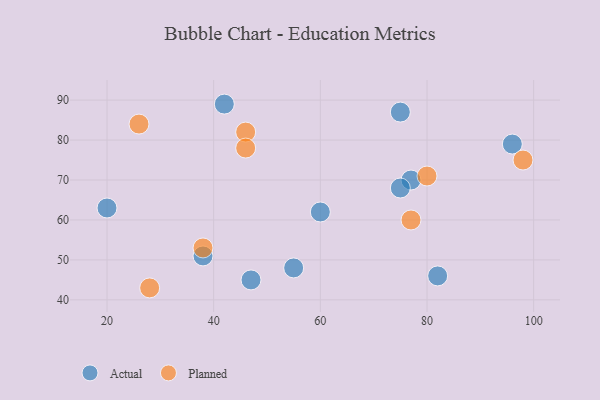
{"axis": {"x": "GDP", "y": "Life Expectancy"}, "legend": ["Actual", "Planned"], "data": [{"x": "42", "y": 89, "type": "Actual"}, {"x": "60", "y": 62, "type": "Actual"}, {"x": "38", "y": 51, "type": "Actual"}, {"x": "55", "y": 48, "type": "Actual"}, {"x": "82", "y": 46, "type": "Actual"}, {"x": "77", "y": 70, "type": "Actual"}, {"x": "96", "y": 79, "type": "Actual"}, {"x": "20", "y": 63, "type": "Actual"}, {"x": "75", "y": 87, "type": "Actual"}, {"x": "75", "y": 68, "type": "Actual"}, {"x": "47", "y": 45, "type": "Actual"}, {"x": "98", "y": 75, "type": "Planned"}, {"x": "77", "y": 60, "type": "Planned"}, {"x": "38", "y": 53, "type": "Planned"}, {"x": "46", "y": 82, "type": "Planned"}, {"x": "26", "y": 84, "type": "Planned"}, {"x": "46", "y": 78, "type": "Planned"}, {"x": "80", "y": 71, "type": "Planned"}, {"x": "28", "y": 43, "type": "Planned"}]}